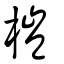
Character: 榿